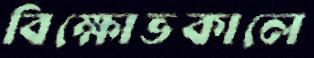
বিক্ষোভকালে